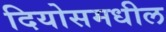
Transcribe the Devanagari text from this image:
दियोसमधील